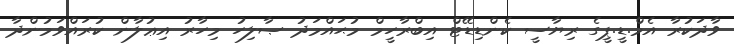
ވާދަކުރާ އެމް.ޑީ.ޕީގެ ރިޔާސީ ކެންޑިޑޭޓް އިބްރާހީމް މުޙައްމަދު ޞާލިހު މިހާރު އިޢުލާން ކުރައްވަމުންދާ